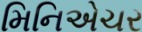
મિનિએચર